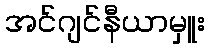
အင်ဂျင်နီယာမှူး